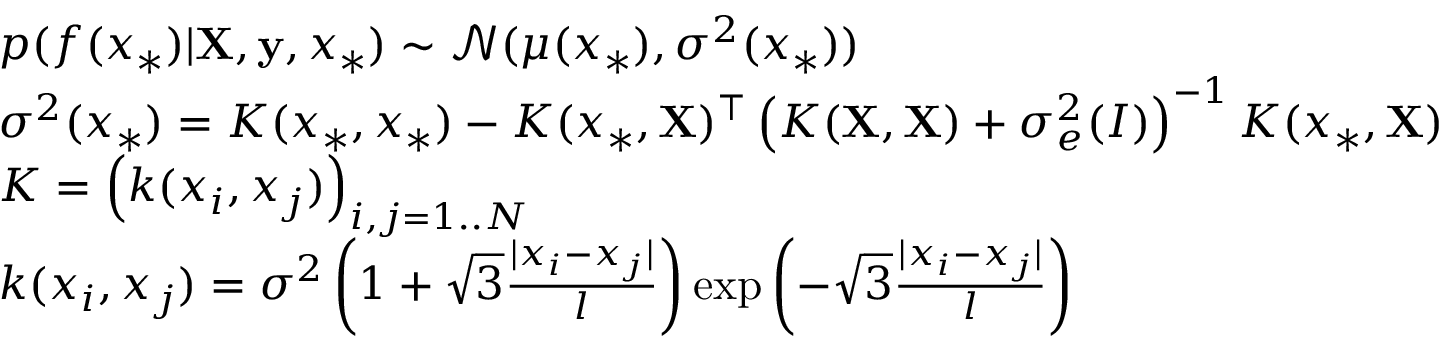
\begin{array} { r l } & { p ( f ( x _ { \ast } ) | \mathbf { X } , \mathbf { y } , x _ { \ast } ) \sim \mathcal { N } ( \mu ( x _ { \ast } ) , \sigma ^ { 2 } ( x _ { \ast } ) ) } \\ & { \sigma ^ { 2 } ( x _ { \ast } ) = K ( x _ { \ast } , x _ { \ast } ) - K ( x _ { \ast } , \mathbf { X } ) ^ { \top } \left( K ( \mathbf { X } , \mathbf { X } ) + \sigma _ { e } ^ { 2 } \mathbf ( I ) \right) ^ { - 1 } K ( x _ { \ast } , \mathbf { X } ) } \\ & { K = \left( k ( x _ { i } , x _ { j } ) \right) _ { i , j = 1 . . N } } \\ & { k ( x _ { i } , x _ { j } ) = \sigma ^ { 2 } \left( 1 + \sqrt { 3 } \frac { | x _ { i } - x _ { j } | } { l } \right) \exp \left( - \sqrt { 3 } \frac { | x _ { i } - x _ { j } | } { l } \right) } \end{array}